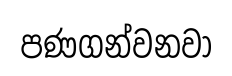
පණගන්වනවා